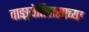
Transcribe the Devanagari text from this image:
वाङ्मयेतिहासाच्या